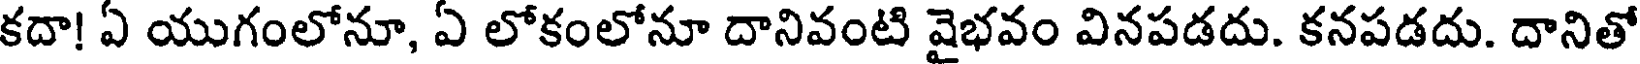
కదా! ఏ యుగంలోనూ, ఏ లోకంలోనూ దానివంటి వైభవం వినపడదు. కనపడదు. దానితో